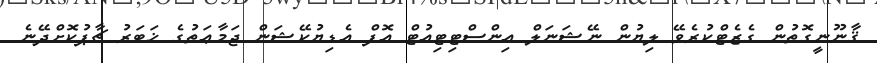
ޤާނޫނީގޮތުން ގެޒެޓްކުރެވޭ ލިޔުން ނޭޝަނަލް އިންސްޓިޓިއުޓް އޮފް އެޑިޔުކޭޝަން ޖަމާޢަތުގެ ޚަބަރު ޗާޕުކޮށްދޭނެ